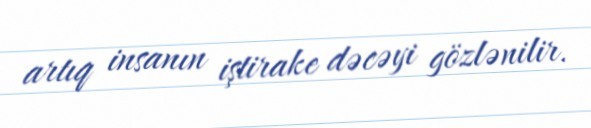
artıq insanın iştirake dəcəyi gözlənilir.